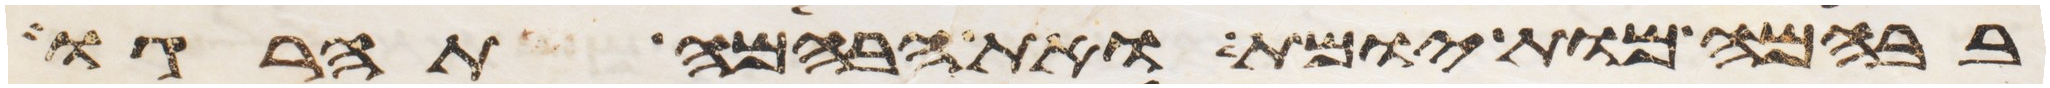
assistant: בבהמה מות יומת ואת הבהמה תהרגו